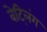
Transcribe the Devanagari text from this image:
वेट्लिंग